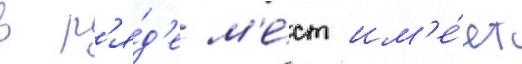
в р'я́д'е м'е́ст им'е́ет